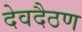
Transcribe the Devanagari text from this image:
देवदैठण